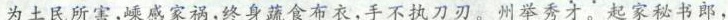
为土民所害，嵊感家祸，终身蔬食布衣，手不执刀刃。州举秀才。起家秘书郎，